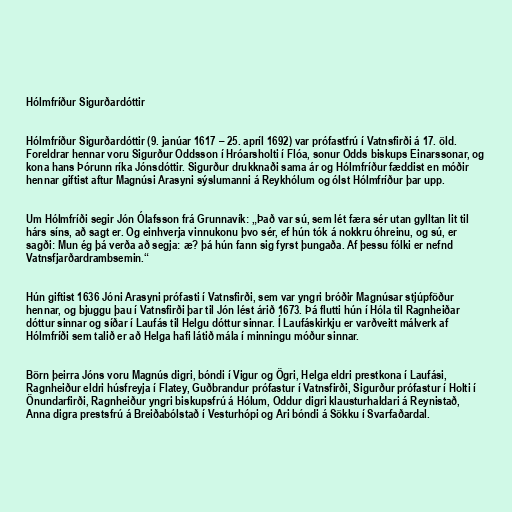
Hólmfríður Sigurðardóttir

Hólmfríður Sigurðardóttir (9. janúar 1617 – 25. apríl 1692) var prófastfrú í Vatnsfirði á 17. öld.
Foreldrar hennar voru Sigurður Oddsson í Hróarsholti í Flóa, sonur Odds biskups Einarssonar, og
kona hans Þórunn ríka Jónsdóttir. Sigurður drukknaði sama ár og Hólmfríður fæddist en móðir
hennar giftist aftur Magnúsi Arasyni sýslumanni á Reykhólum og ólst Hólmfríður þar upp.

Um Hólmfríði segir Jón Ólafsson frá Grunnavík: „Það var sú, sem lét færa sér utan gylltan lit til
hárs síns, að sagt er. Og einhverja vinnukonu þvo sér, ef hún tók á nokkru óhreinu, og sú, er
sagði: Mun ég þá verða að segja: æ? þá hún fann sig fyrst þungaða. Af þessu fólki er nefnd
Vatnsfjarðardrambsemin.“

Hún giftist 1636 Jóni Arasyni prófasti í Vatnsfirði, sem var yngri bróðir Magnúsar stjúpföður
hennar, og bjuggu þau í Vatnsfirði þar til Jón lést árið 1673. Þá flutti hún í Hóla til Ragnheiðar
dóttur sinnar og síðar í Laufás til Helgu dóttur sinnar. Í Laufáskirkju er varðveitt málverk af
Hólmfríði sem talið er að Helga hafi látið mála í minningu móður sinnar.

Börn þeirra Jóns voru Magnús digri, bóndi í Vigur og Ögri, Helga eldri prestkona í Laufási,
Ragnheiður eldri húsfreyja í Flatey, Guðbrandur prófastur í Vatnsfirði, Sigurður prófastur í Holti í
Önundarfirði, Ragnheiður yngri biskupsfrú á Hólum, Oddur digri klausturhaldari á Reynistað,
Anna digra prestsfrú á Breiðabólstað í Vesturhópi og Ari bóndi á Sökku í Svarfaðardal.